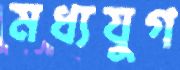
মধ্যযুগ